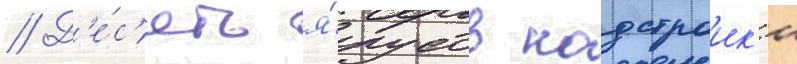
// Д'е́с'ять я́русов надстроик'и